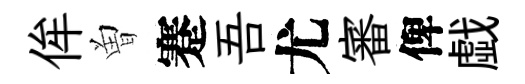
侔曽蹇吾尤審俾戯